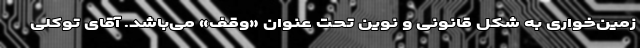
زمین‌خواری به شکل قانونی و نوین تحت عنوان «وقف» می‌باشد. آقای توکلی